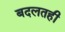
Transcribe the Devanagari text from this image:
बदलतही